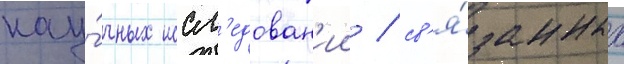
нау́чных иссл'едован'ии / св'я́занных